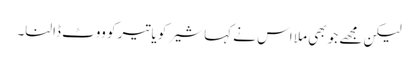
لیکن مجھے جو بھی ملا اس نے کہا شیر کو یا تیر کو ووٹ ڈالنا۔